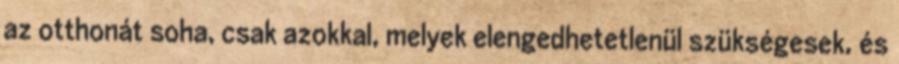
az otthonát soha, csak azokkal, melyek elengedhetetlenül szükségesek, és